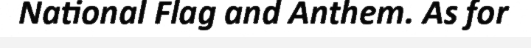
National Flag and Anthem. As for